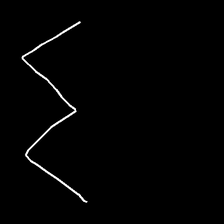
Glyph: crush